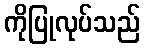
ကိုပြုလုပ်သည်